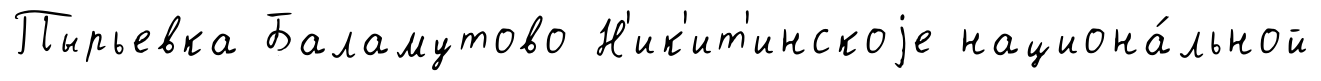
Пырьевка Баламутово Н'ик'ит'инскоjе национа́льной